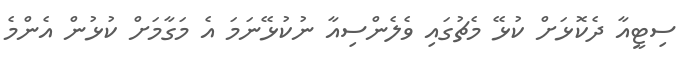
ސިޓީއާ ދެކޮޅަށް ކުޅޭ މެޗުގައި ވެލެންސިއާ ނުކުޅޭނަމަ އެ މަގާމަށް ކުޅުން އެންމެ